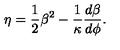
\eta = { \frac { 1 } { 2 } } \beta ^ { 2 } - \frac { 1 } { \kappa } { \frac { d \beta } { d \phi } } .